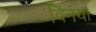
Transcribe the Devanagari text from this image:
विंनया